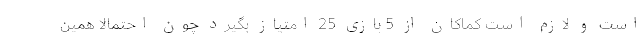
است و لازم است کماکان از 5 بازی 25 امتیاز بگیرد چون احتمالاً همین